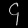
Digit: ၄